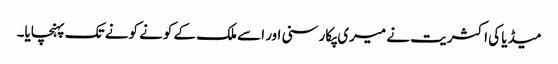
میڈیا کی اکثریت نے میری پکار سنی اور اسے ملک کے کونے کونے تک پہنچایا۔